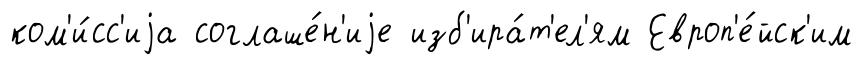
ком'и́сс'иjа соглаше́н'иjе изб'ира́т'ел'ям Европ'е́йск'им